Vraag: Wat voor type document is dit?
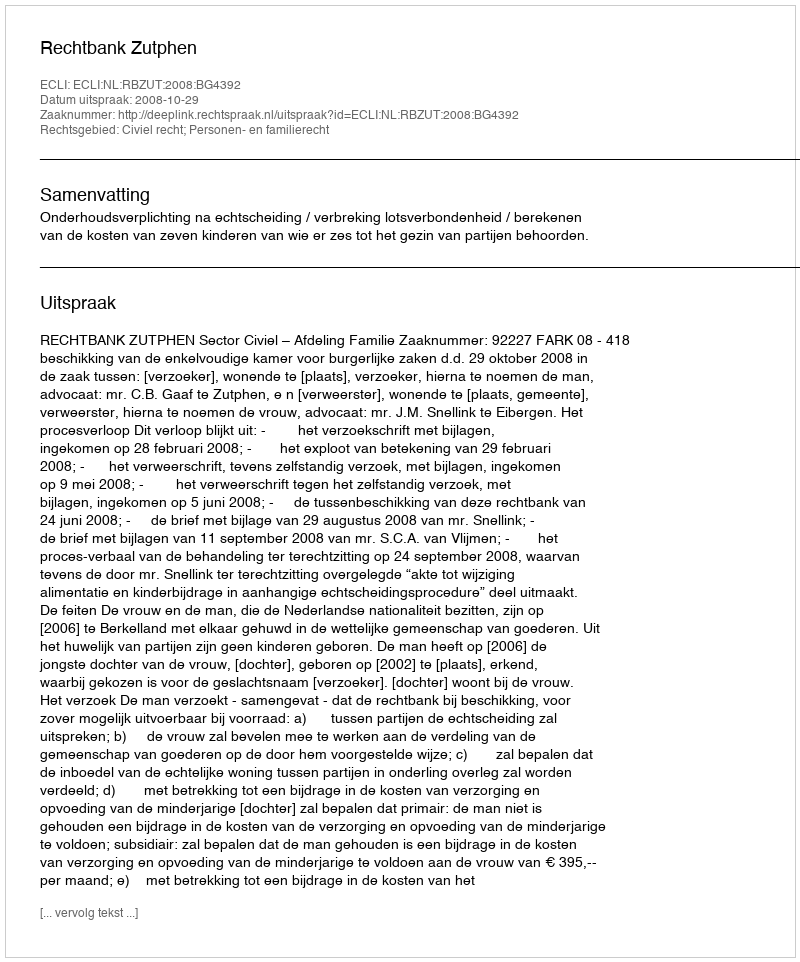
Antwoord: Uitspraak